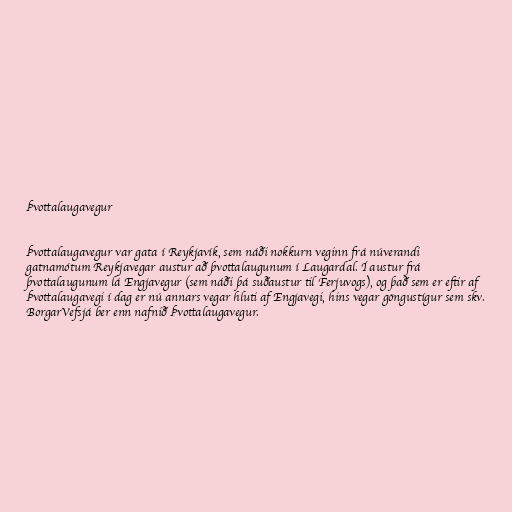
Þvottalaugavegur

Þvottalaugavegur var gata í Reykjavík, sem náði nokkurn veginn frá núverandi
gatnamótum Reykjavegar austur að þvottalaugunum í Laugardal. Í austur frá
þvottalaugunum lá Engjavegur (sem náði þá suðaustur til Ferjuvogs), og það sem er eftir af
Þvottalaugavegi í dag er nú annars vegar hluti af Engjavegi, hins vegar göngustígur sem skv.
BorgarVefsjá ber enn nafnið Þvottalaugavegur.